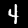
Digit: 4